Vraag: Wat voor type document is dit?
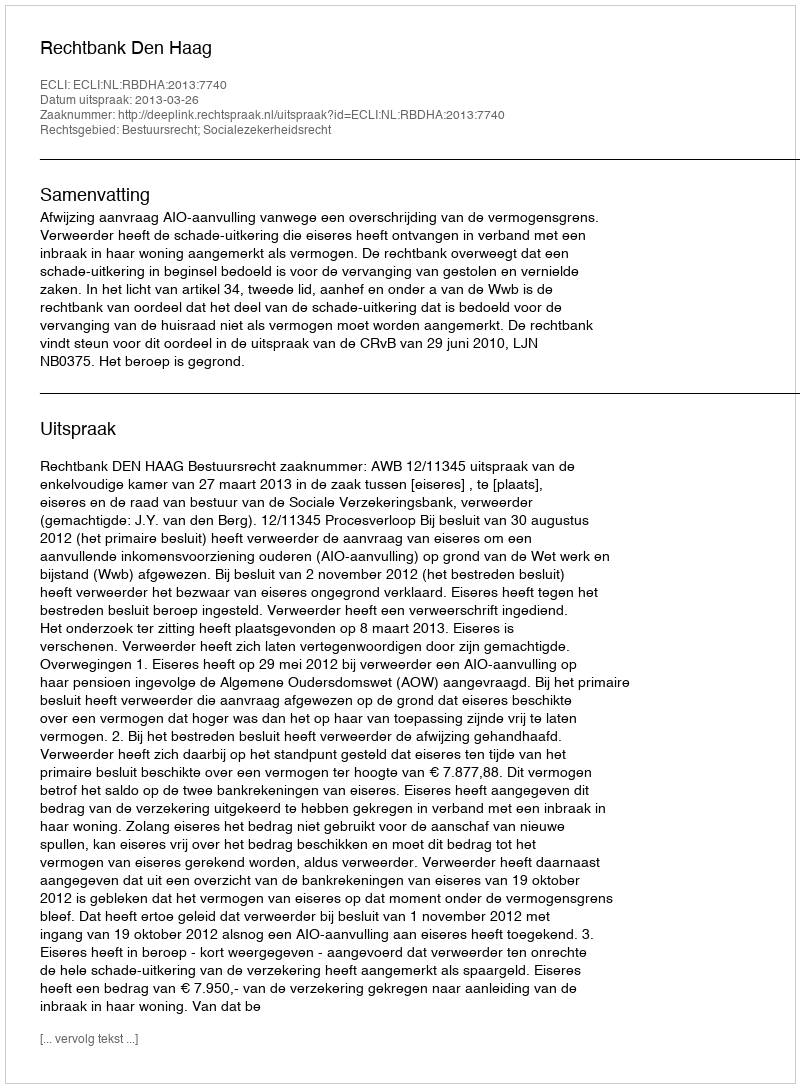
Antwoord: Uitspraak